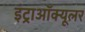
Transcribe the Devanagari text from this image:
इंट्राऑक्यूलर